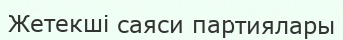
Жетекші саяси партиялары